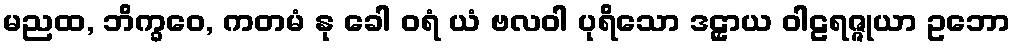
မညထ, ဘိက္ခဝေ, ကတမံ နု ခေါ ဝရံ ယံ ဗလဝါ ပုရိသော ဒဠှာယ ဝါဠရဇ္ဇုယာ ဥဘော